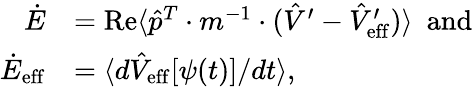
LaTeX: \begin{array}{rl}{\dot{E}}&{=\operatorname{Re}\langle\hat{p}^{T}\cdot m^{-1}\cdot(\hat{V}^{\prime}-\hat{V}_{\mathrm{eff}}^{\prime})\rangle\mathrm{~\ and}}\\ {\dot{E}_{\mathrm{eff}}}&{=\langle d\hat{V}_{\mathrm{eff}}[\psi(t)]/dt\rangle,}\end{array}